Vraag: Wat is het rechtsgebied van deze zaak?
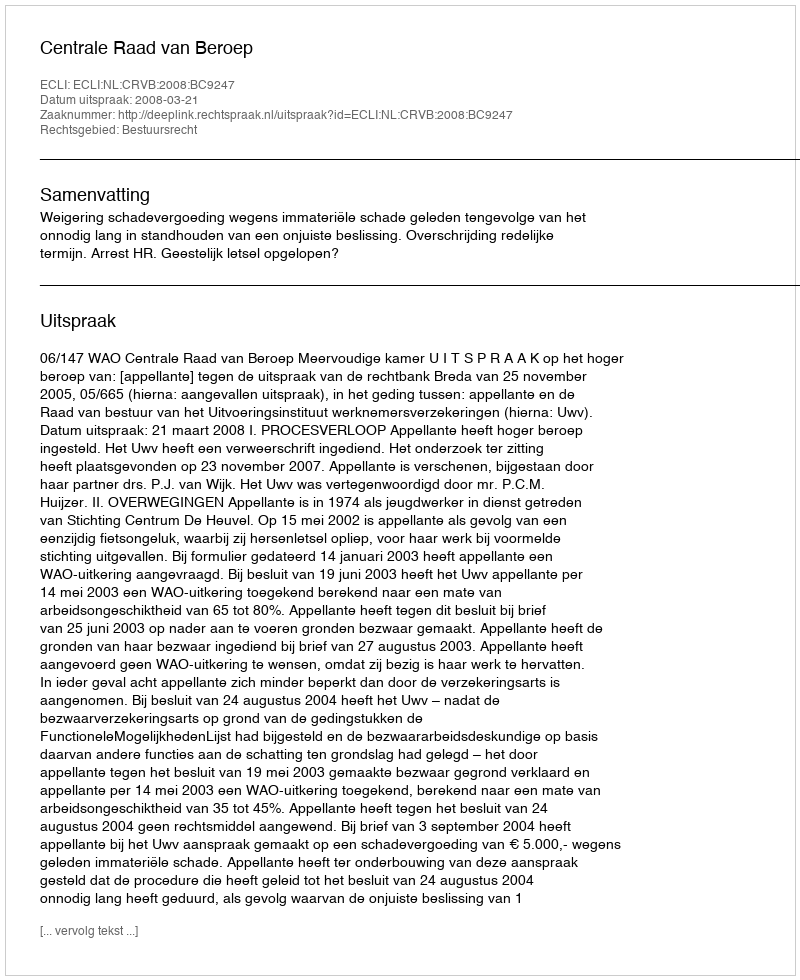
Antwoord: Bestuursrecht